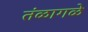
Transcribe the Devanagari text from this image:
तंळागळे